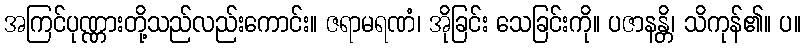
အကြင်ပုဏ္ဏားတို့သည်လည်းကောင်း။ ဇရာမရဏံ၊ အိုခြင်း သေခြင်းကို။ ပဇာနန္တိ၊ သိကုန်၏။ ပ။